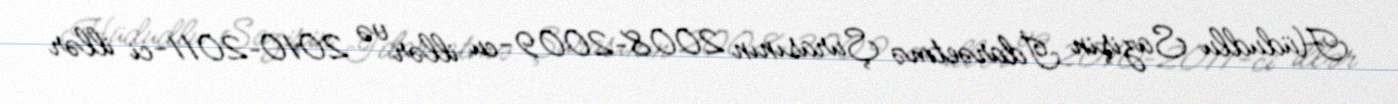
Hüdudlu Sazişin İdarəetmə Şurasının 2008–2009-cu illər və 2010–2011-ci illər